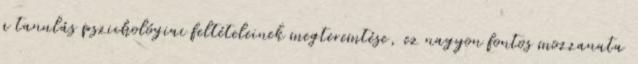
a tanulás pszichológiai feltételeinek megteremtése, ez nagyon fontos mozzanata